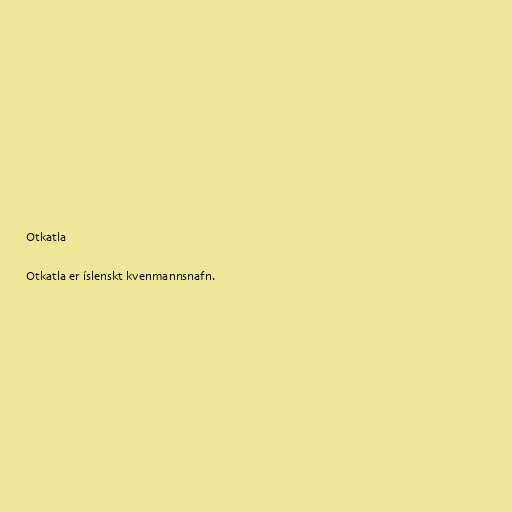
Otkatla

Otkatla er íslenskt kvenmannsnafn.